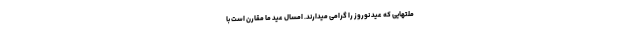
ملّتهایی که عید نوروز را گرامی میدارند. امسال عید ما مقارن است با